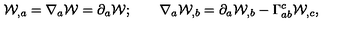
{ \cal W } _ { , a } = \nabla _ { a } { \cal W } = \partial _ { a } { \cal W } ; \qquad \nabla _ { a } { \cal W } _ { , b } = \partial _ { a } { \cal W } _ { , b } - \Gamma _ { a b } ^ { c } { \cal W } _ { , c } ,